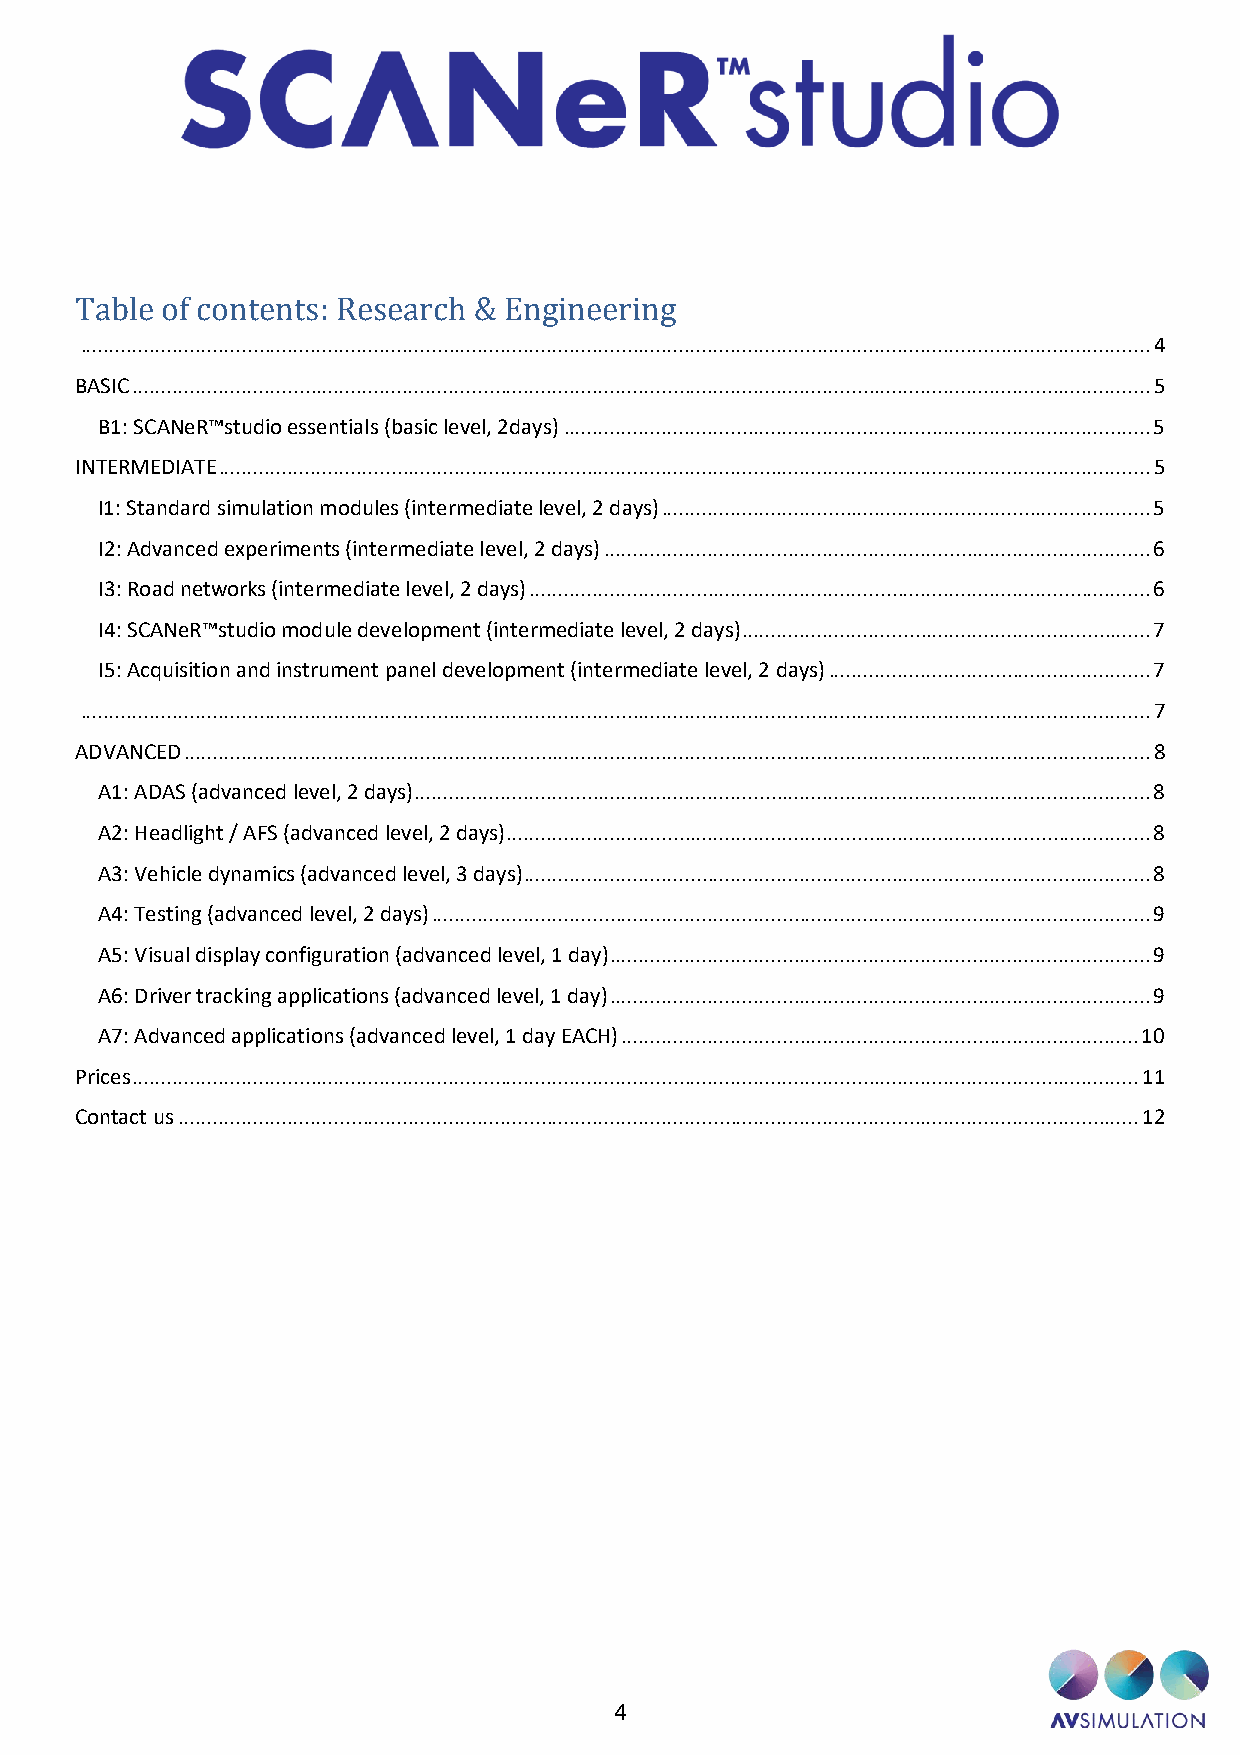
Table of contents: Research & Engineering
 .......................................................................................................................................................................................... 4
 BASIC ................................................................................................................................................................................. 5
 B1: SCANeR™studio essentials (basic level, 2days) ...................................................................................................... 5
 INTERMEDIATE .................................................................................................................................................................. 5
 I1: Standard simulation modules (intermediate level, 2 days) ..................................................................................... 5
 I2: Advanced experiments (intermediate level, 2 days) ............................................................................................... 6
 I3: Road networks (intermediate level, 2 days) ............................................................................................................ 6
 I4: SCANeR™studio module development (intermediate level, 2 days) ....................................................................... 7
 I5: Acquisition and instrument panel development (intermediate level, 2 days) ........................................................ 7
 .......................................................................................................................................................................................... 7
 ADVANCED ........................................................................................................................................................................ 8
 A1: ADAS (advanced level, 2 days) ................................................................................................................................ 8
 A2: Headlight / AFS (advanced level, 2 days) ................................................................................................................ 8
 A3: Vehicle dynamics (advanced level, 3 days) ............................................................................................................. 8
 A4: Testing (advanced level, 2 days) ............................................................................................................................. 9
 A5: Visual display configuration (advanced level, 1 day) .............................................................................................. 9
 A6: Driver tracking applications (advanced level, 1 day) .............................................................................................. 9
 A7: Advanced applications (advanced level, 1 day EACH) .......................................................................................... 10
 Prices ............................................................................................................................................................................... 11
 Contact us ....................................................................................................................................................................... 12
 4